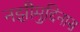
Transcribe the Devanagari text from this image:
नझीमुद्दिनास